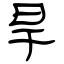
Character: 旱